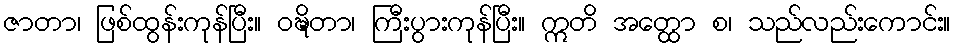
ဇာတာ၊ ဖြစ်ထွန်းကုန်ပြီး။ ဝဍ္ဎိတာ၊ ကြီးပွားကုန်ပြီး။ ဣတိ အတ္ထော စ၊ သည်လည်းကောင်း။